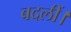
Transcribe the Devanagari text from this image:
बदलीं।